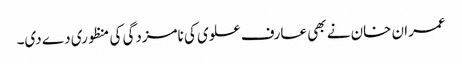
عمران خان نے بھی عارف علوی کی نامزدگی کی منظوری دے دی۔